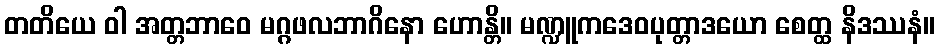
တတိယေ ဝါ အတ္တဘာဝေ မဂ္ဂဖလဘာဂိနော ဟောန္တိ။ မဏ္ဍူကဒေဝပုတ္တာဒယော စေတ္ထ နိဒဿနံ။